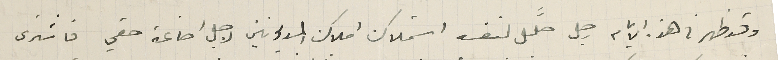
وقد ظهر فى هذه الايام رجل حلَّل لنفسه استملاك املاك المديونين لاجل اضاعة حقي فاشترى